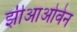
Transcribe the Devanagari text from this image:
झीआओवेन